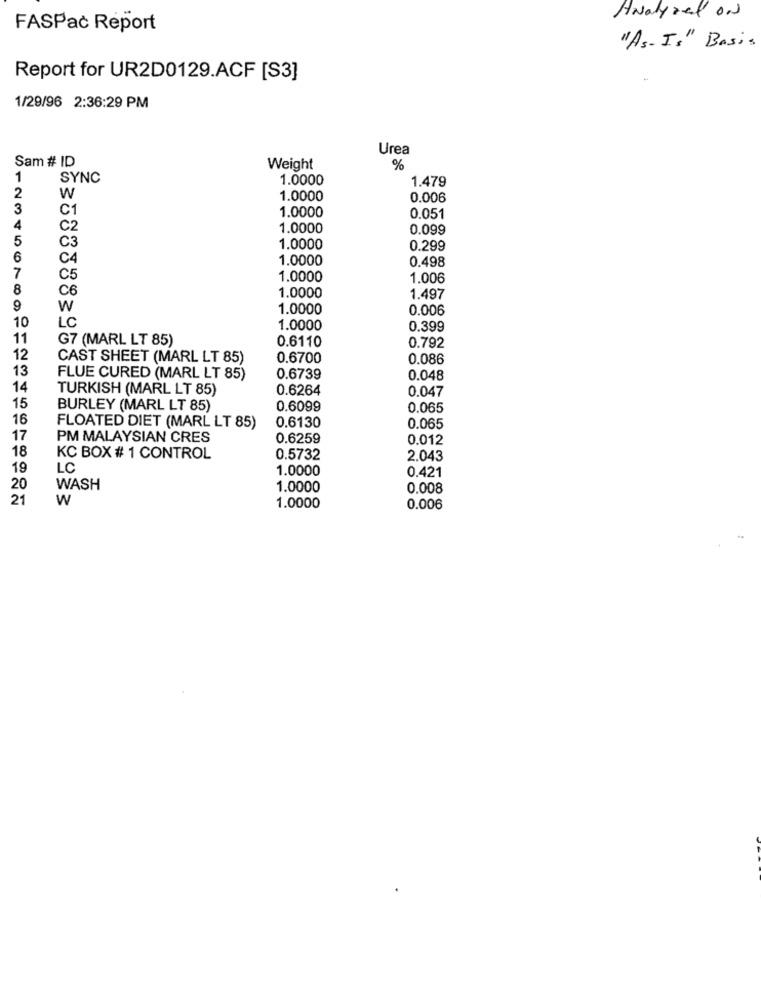
Analyzed on
FASPac Report
"As-Is" Basis
Report for UR2D0129.ACF [S3]
1/29/96 2:36:29 PM
Urea
Sam # ID
Weight
%
1
SYNC
1.0000
1.479
2
W
1.0000
0.006
3
C1
1.0000
0.051
4
C2
1.0000
0.099
5
C3
1.0000
0.299
6
C4
1.0000
0.498
7
C5
1.0000
1.006
8
C6
1.0000
1.497
9
W
1.0000
0.006
10
LC
1.0000
0.399
11
G7 (MARL LT 85)
0.6110
0.792
12
CAST SHEET (MARL LT 85)
0.6700
0.086
13
FLUE CURED (MARL LT 85)
0.6739
0.048
14
TURKISH (MARL LT 85)
0.6264
0.047
15
BURLEY (MARL LT 85)
0.6099
0.065
16
0.6130
FLOATED DIET (MARL LT 85)
0.065
17
PM MALAYSIAN CRES
0.6259
0.012
18
KC BOX # 1 CONTROL
0.5732
2.043
19
LC
1.0000
0.421
20
WASH
1.0000
0.008
21
W
1.0000
0.006